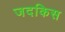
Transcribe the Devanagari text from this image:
जदकिस